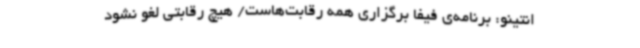
انتینو: برنامه‌ی فیفا برگزاری همه رقابت‌هاست/ هیچ رقابتی لغو نشود